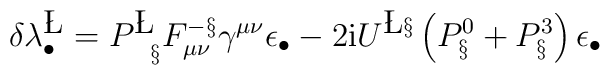
\delta\lambda^{ \L }_\bullet= P^{ \L}_{\phantom{{\bf \L}} \S}F^{-\S }_{\mu\nu}\gamma^{\mu\nu}\epsilon_\bullet - 2 {\rm i}U^{\L \S}\left(P^0_{\S}  + P^3_{ \S}\right) \epsilon_\bullet